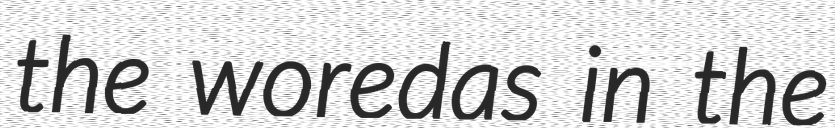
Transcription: the woredas in the